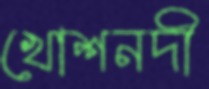
খোশনদী